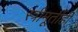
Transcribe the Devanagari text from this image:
स्त्रीमूर्तीही